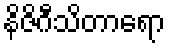
နိဇိဂီသိတာရော